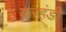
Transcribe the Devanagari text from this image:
करहंडी